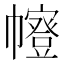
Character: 𭘻